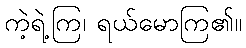
ကဲ့ရဲ့ကြ၊ ရယ်မောကြ၏။